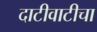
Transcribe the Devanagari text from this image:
दाटीवाटीचा